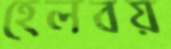
হেলবয়